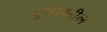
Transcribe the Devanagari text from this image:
दूधावरील